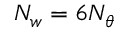
N _ { w } = 6 N _ { \theta }